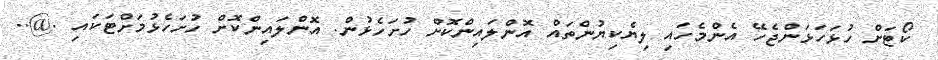
ކޯޓަށް ހުޅަހަޅަންޖެހޭ އެންމެހައި ލިޔެކިޔުންތައް އޮންލައިންކޮށް ހުށަހެޅުން. އޮންލައިންކޮށް ހުށަހެޅުމަށްޓަކައި .@..